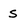
Character: s